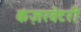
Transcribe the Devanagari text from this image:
कंज़रवेटरी